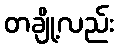
တချို့လည်း